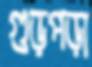
গুড়পড়া